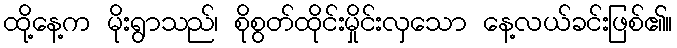
ထို့နေ့က မိုးရွာသည်၊ စိုစွတ်ထိုင်းမှိုင်းလှသော နေ့လယ်ခင်းဖြစ်၏။